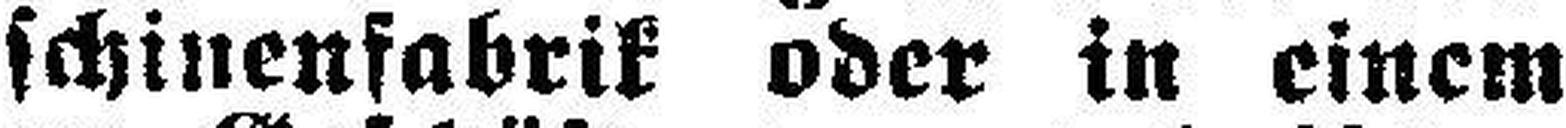
schinenfabrik oder in einem